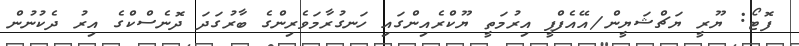
ފޮޓޯ: ޔޫރީ ޔަޗްޝަޔީން/އޭއެފްޕީ އިރުމަތީ ޔޫކްރެއިންގައި ހަނގުރާމަވެރިންގެ ބާރުގަދަ ދޮނެސްކްގެ އިރު ދެކުނުން